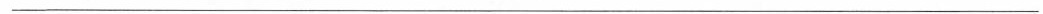
___